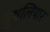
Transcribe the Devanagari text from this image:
मुथलियार